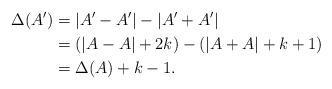
LaTeX: \begin{align*} \Delta(A') & = |A'-A'| - |A'+A'| \\ & = (|A-A| + 2k) - ( |A+A| + k+1) \\& = \Delta(A) + k-1.\end{align*}